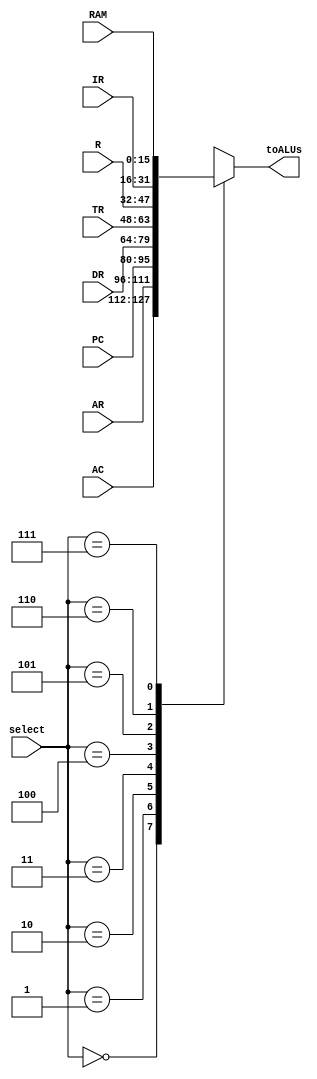
`timescale 1ns / 1ps
//////////////////////////////////////////////////////////////////////////////////
// Company: 
// Engineer: 
// 
// Design Name: 
// Module Name:    ReadMux 
// Project Name: 
// Target Devices: 
// Tool versions: 
// Description: 
//
// Dependencies: 
//
// Revision: 
// Revision 0.01 - File Created
// Additional Comments: 
//
//////////////////////////////////////////////////////////////////////////////////
module ReadMux(select,AC,AR,PC,DR,TR,RAM,R,IR,toALUs);
	input [2:0] select;
	input [15:0] AC,DR,TR,RAM,R,IR;
	input [15:0] AR,PC;
	output [15:0] toALUs;
	reg	[15:0]  toALUs;
	parameter ac=3'b000, ar= 3'b001, pc=3'b010, dr=3'b011, tr=3'b100, r=3'b101, ir=3'b110,ram=3'b111;
	always @(select or AC or AR or PC or DR or TR or RAM or IR or R)
		
		begin
			case (select)
				ac: toALUs <= AC;
				ar: toALUs <= AR;
				pc: toALUs <= PC;
				dr : toALUs <= DR;
				tr: toALUs <= TR;
				r:toALUs <= R;
				ir:toALUs <= IR;
				ram : toALUs <= RAM;
				//ram: toALUs <= RAM;
				default:toALUs<=0;
			endcase
		end
endmodule